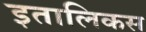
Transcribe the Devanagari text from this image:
इतालिकस